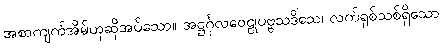
အစာကျက်အိမ်ဟုဆိုအပ်သော။ အဋ္ဌင်္ဂုလဝေဠုပဗ္ဗသဒိသေ၊ လက်ရှစ်သစ်ရှိသော